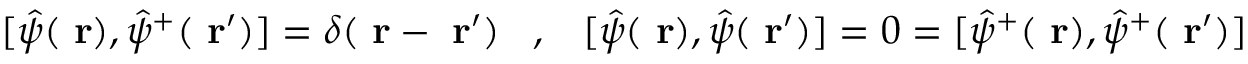
[ \hat { \psi } ( \mathrm { \bf ~ r } ) , \hat { \psi } ^ { + } ( \mathrm { \bf ~ r } ^ { \prime } ) ] = \delta ( \mathrm { \bf ~ r } - \mathrm { \bf ~ r } ^ { \prime } ) \; \; \; , \; \; \; [ \hat { \psi } ( \mathrm { \bf ~ r } ) , \hat { \psi } ( \mathrm { \bf ~ r } ^ { \prime } ) ] = 0 = [ \hat { \psi } ^ { + } ( \mathrm { \bf ~ r } ) , \hat { \psi } ^ { + } ( \mathrm { \bf ~ r } ^ { \prime } ) ]